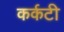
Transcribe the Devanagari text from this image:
कर्कटी